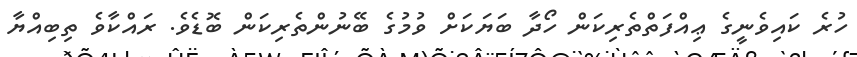
ހުރެ ކައިވެނީގެ ޢިއްފަތްތެރިކަން ހޯދާ ބަޔަކަށް ވުމުގެ ބޭނުންތެރިކަން ބޮޑެވެ. ރައްކާވެ ތިބިއްޔާ